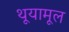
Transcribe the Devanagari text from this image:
थूयामूल